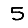
Digit: 5